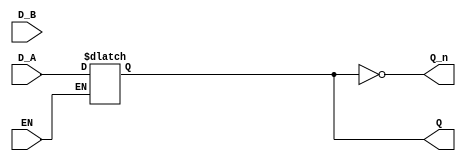
module dual_input_gated_latch (
    input wire D_A,      // Data Input A
    input wire D_B,      // Data Input B
    input wire EN,       // Enable signal
    output reg Q,        // Output Q
    output wire Q_n      // Complement of Q
);

// Assign the complement of Q
assign Q_n = ~Q;

// Latch behavior
always @ (EN or D_A or D_B) begin
    if (EN) begin
        // When EN is high, select which input to latch
        // Here we assume a priority to D_A over D_B for simplicity
        Q <= D_A; // You can change this to D_B if needed
    end
    // If EN is low, Q retains its last value
end

endmodule